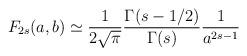
LaTeX: \begin{align*}F_{2s} (a,b) \simeq \frac{1}{2 \sqrt{\pi} } \frac{\Gamma(s-1/2)}{\Gamma(s)}\frac{1}{a^{2s-1}}\end{align*}